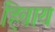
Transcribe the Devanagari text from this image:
हिवाय